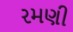
રમણી